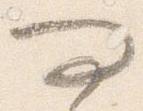
問